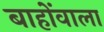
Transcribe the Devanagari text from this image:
बाहोंवाला